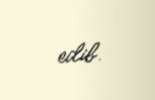
edib.